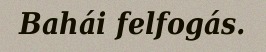
Bahái felfogás.